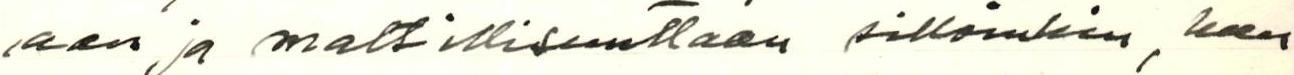
aan ja maltillisuuttaan silloinkin, kun